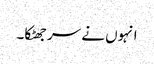
انہوں نے سر جھٹکا۔